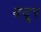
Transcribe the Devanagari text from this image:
वंदूर